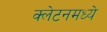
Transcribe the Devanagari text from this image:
क्लेटनमध्ये